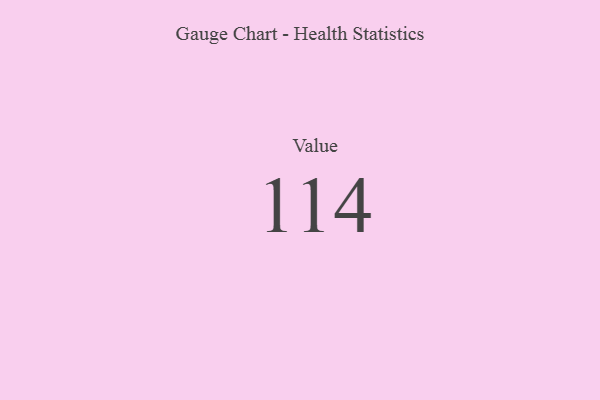
{"axis": {"x": "Metric", "y": "Value"}, "legend": [""], "data": [{"x": "Value", "y": 114, "type": ""}]}